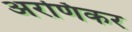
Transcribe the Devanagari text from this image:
अरणिकर